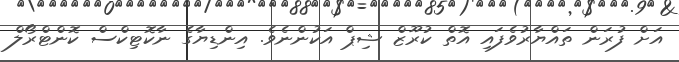
އަށް ފުރަން ތައްޔާރުވެފައި އޮތް ކުރޫޒް ޝިޕް އަކުންނެވެ. އިންޑިޔާގެ ނާކޮޓިކްސް ކޮންޓްރޯލް